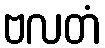
ဗလတံ